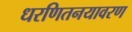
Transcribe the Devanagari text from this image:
धरणितनयावरण